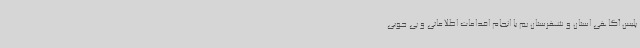
پلیس آگاهی استان و شهرستان بم با انجام اقدامات اطلاعاتی و پی جویی